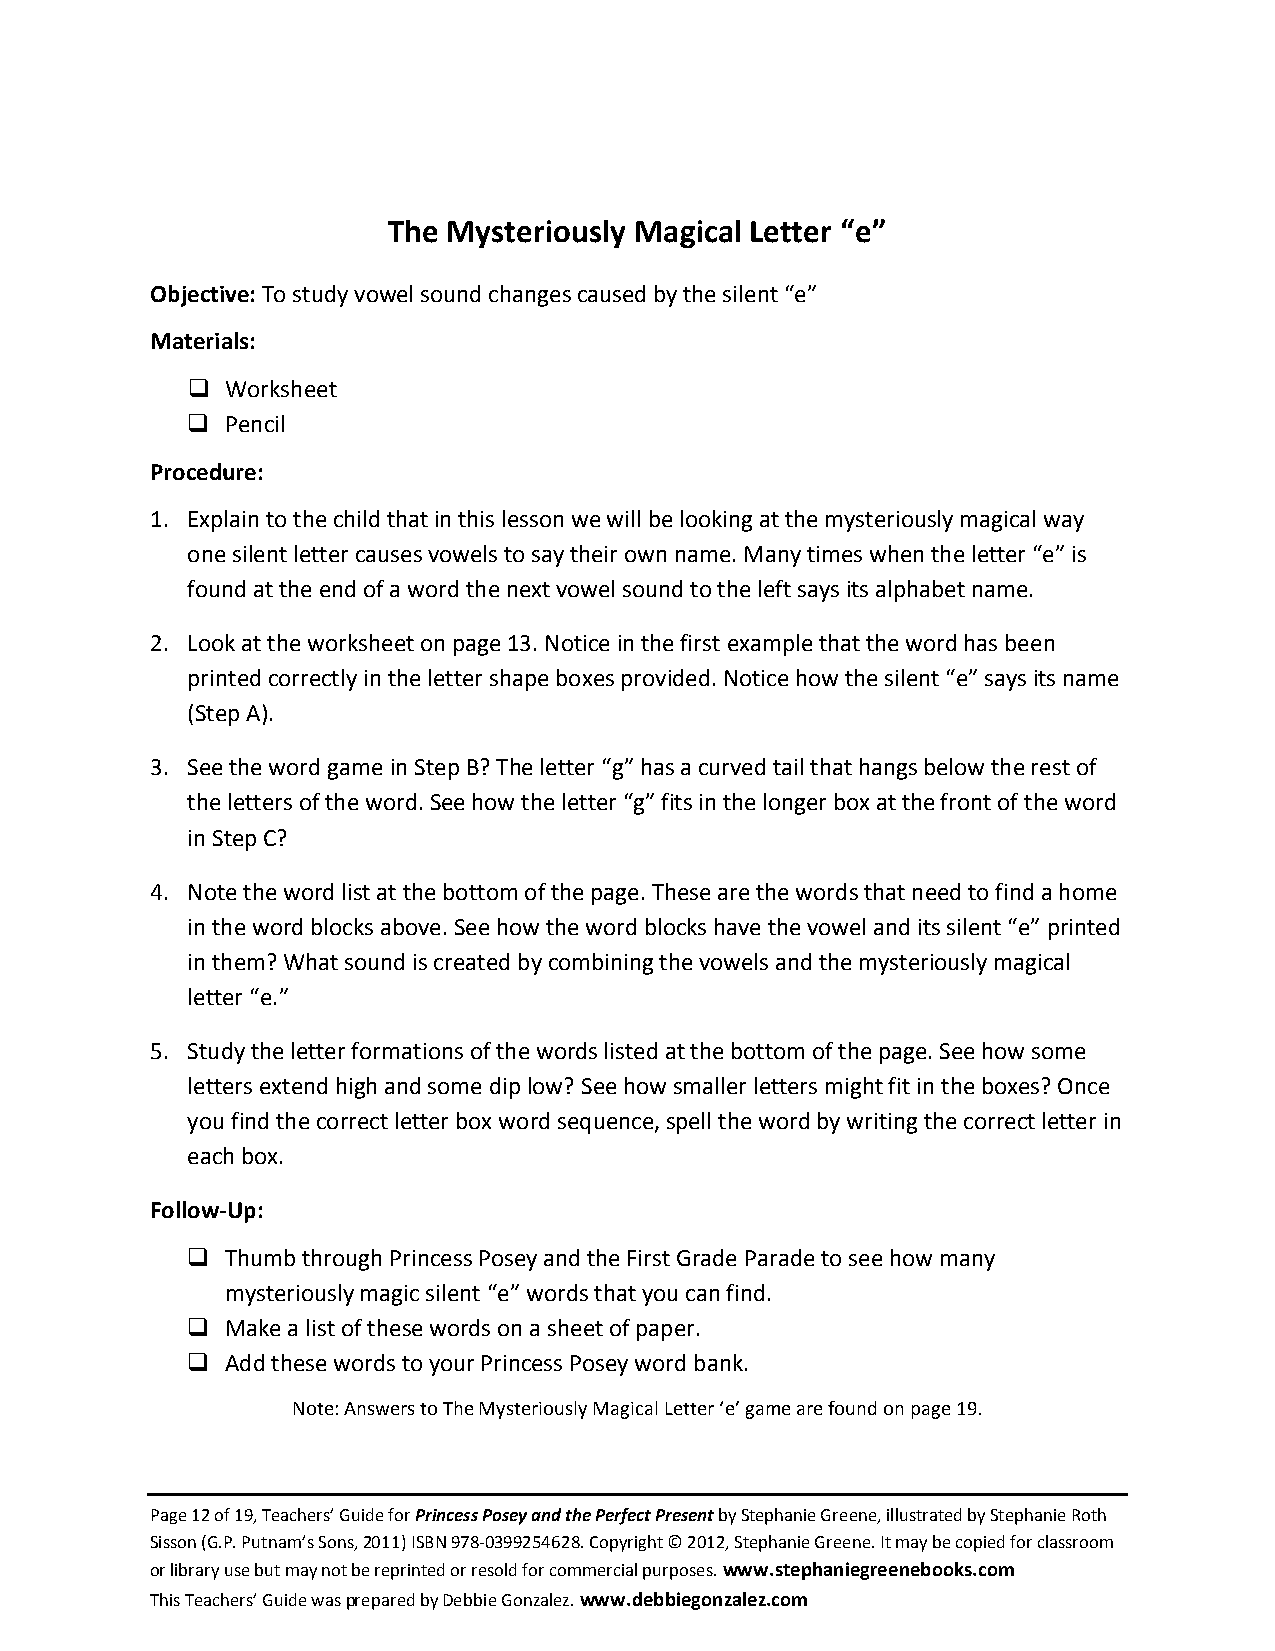
The Mysteriously Magical Letter “e”
 Objective: To study vowel sound changes caused by the silent “e”
 Materials:
   Worksheet
   Pencil
 Procedure:
 1. Explain to the child that in this lesson we will be looking at the mysteriously magical way
 one silent letter causes vowels to say their own name. Many times when the letter “e” is
 found at the end of a word the next vowel sound to the left says its alphabet name.
 2. Look at the worksheet on page 13. Notice in the first example that the word has been
 printed correctly in the letter shape boxes provided. Notice how the silent “e” says its name
 (Step A).
 3. See the word game in Step B? The letter “g” has a curved tail that hangs below the rest of
 the letters of the word. See how the letter “g” fits in the longer box at the front of the word
 in Step C?
 4. Note the word list at the bottom of the page. These are the words that need to find a home
 in the word blocks above. See how the word blocks have the vowel and its silent “e” printed
 in them? What sound is created by combining the vowels and the mysteriously magical
 letter “e.”
 5. Study the letter formations of the words listed at the bottom of the page. See how some
 letters extend high and some dip low? See how smaller letters might fit in the boxes? Once
 you find the correct letter box word sequence, spell the word by writing the correct letter in
 each box.
 Follow-Up:
   Thumb through Princess Posey and the First Grade Parade to see how many
 mysteriously magic silent “e” words that you can find.
   Make a list of these words on a sheet of paper.
   Add these words to your Princess Posey word bank.
 Note: Answers to The Mysteriously Magical Letter ‘e’ game are found on page 19.
 Page 12 of 19, Teachers’ Guide for Princess Posey and the Perfect Present by Stephanie Greene, illustrated by Stephanie Roth
 Sisson (G.P. Putnam’s Sons, 2011) ISBN 978-0399254628. Copyright © 2012, Stephanie Greene. It may be copied for classroom
 or library use but may not be reprinted or resold for commercial purposes. www.stephaniegreenebooks.com
 This Teachers’ Guide was prepared by Debbie Gonzalez. www.debbiegonzalez.com